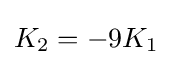
K_{2}=-9K_{1}